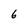
Character: 6